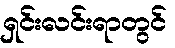
ရှင်းလင်းရာတွင်